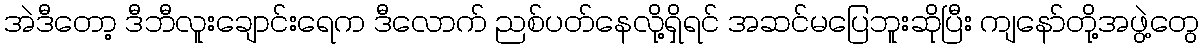
အဲဒီတော့ ဒီဘီလူးချောင်းရေက ဒီလောက် ညစ်ပတ်နေလို့ရှိရင် အဆင်မပြေဘူးဆိုပြီး ကျနော်တို့အဖွဲ့တွေ